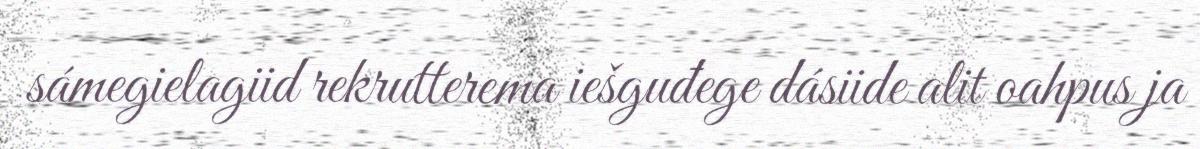
sámegielagiid rekrutterema iešguđege dásiide alit oahpus ja